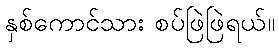
နှစ်ကောင်သား စပ်ဖြဲဖြဲရယ်။